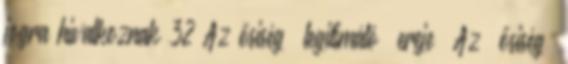
jogra hivatkoznak 32 Az ősiség „legitimáló” ereje „Az ‘ősiség’